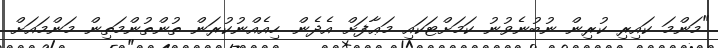
"މަންމަ ކައިރި ކުރިން ނުބުނެވުނު ކަމަށްޓަކައި މަޢާފަށް އެދެން. ހިއެއްނުކުރަން ތުންތުންމަތިން މަންމައަށް